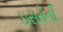
ઇસરોની